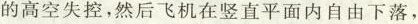
的高空失控，然后飞机在竖直平面内自由下落，